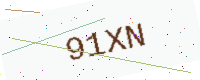
Text: 91XN